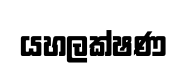
යහලක්ෂණ